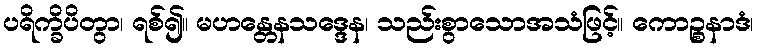
ပရိက္ခိပိတွာ၊ ရစ်၍။ မဟန္တေနသဒ္ဒေန၊ သည်းစွာသောအသံဖြင့်။ ကောဉ္စနာဒံ၊